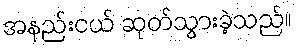
အနည်းငယ် ဆုတ်သွားခဲ့သည်။